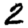
Digit: 2